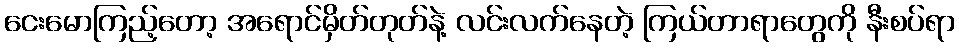
ငေးမောကြည့်တော့ အရောင်မှိတ်တုတ်နဲ့ လင်းလက်နေတဲ့ ကြယ်တာရာတွေကို နီးစပ်ရာ